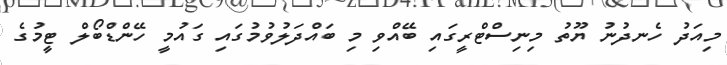
މިއަދު ހެނދުނު ޔޫތު މިނިސްޓްރީގައި ބޭއްވި މި ބައްދަލުވުމުގައި ގައުމީ ހޭންޑްބޯލް ޓީމުގެ